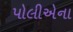
પોલીએના